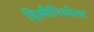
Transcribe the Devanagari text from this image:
हिस्पैनियोला